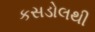
કસડોલથી